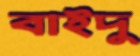
বাইদু